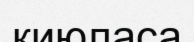
қиюласа